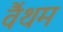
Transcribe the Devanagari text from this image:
वैंथम